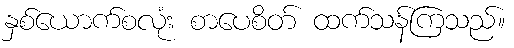
နှစ်ယောက်စလုံး စာပေစိတ် ထက်သန်ကြသည်။